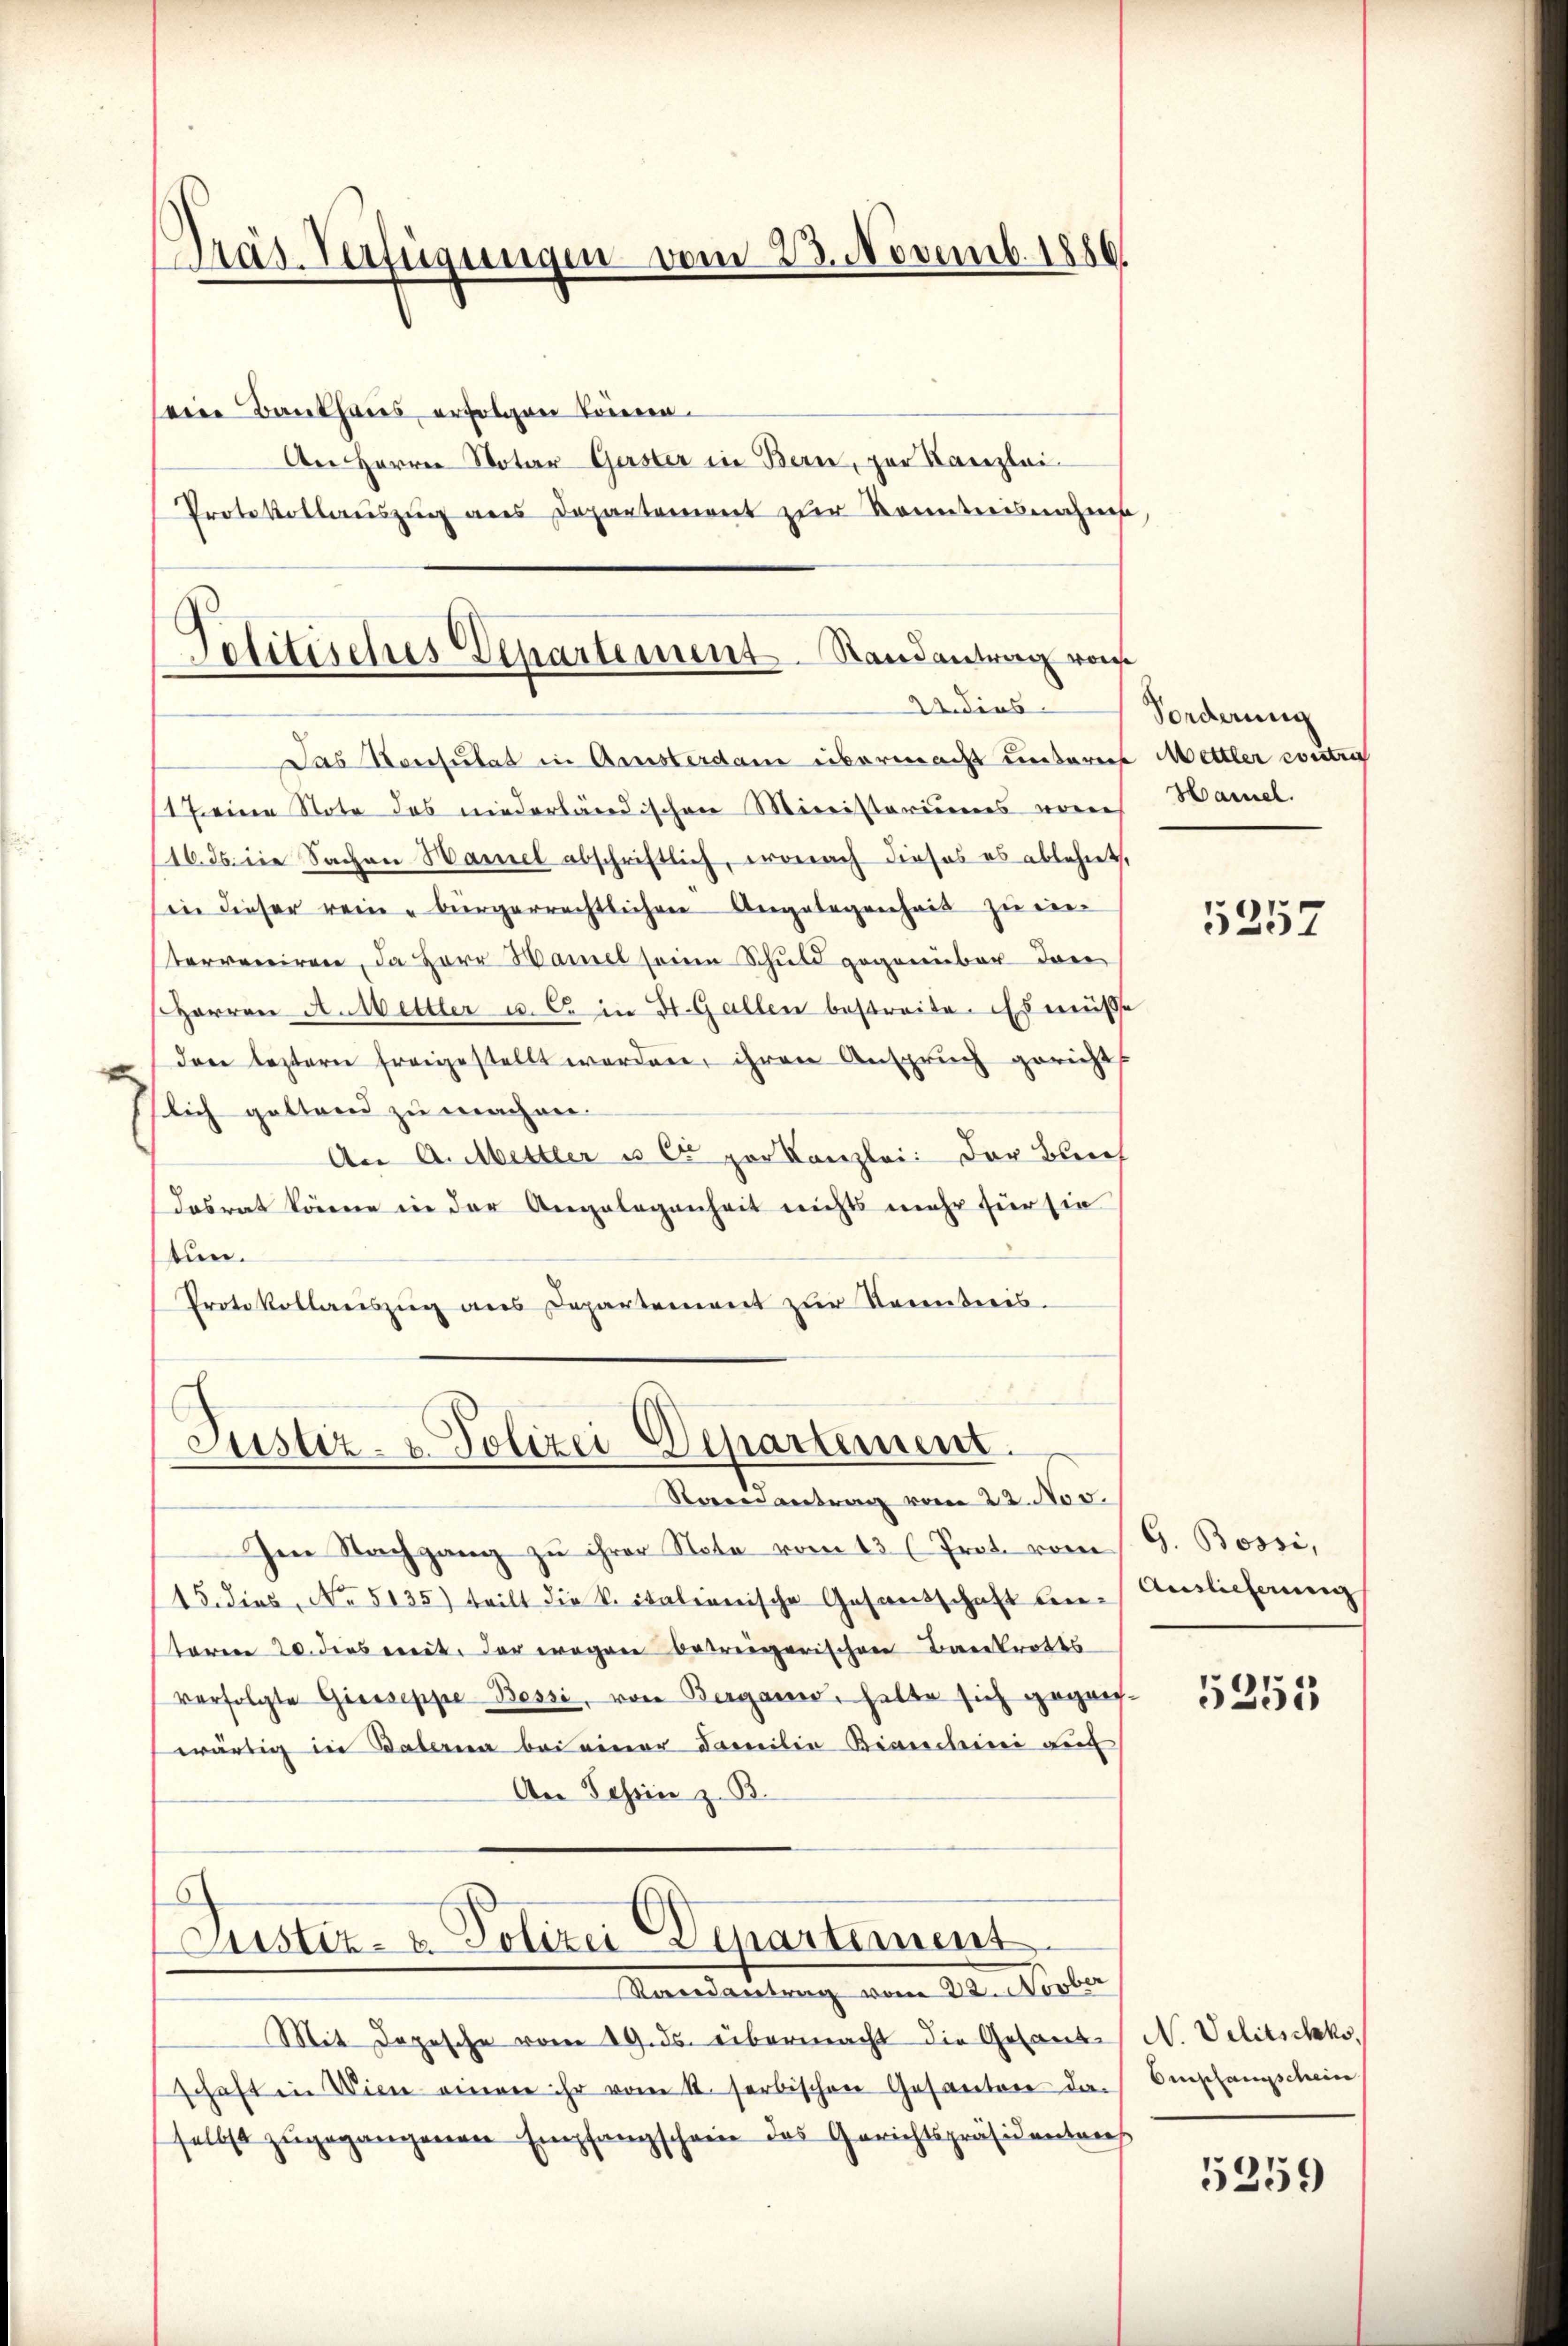
seine Bankhaus erfolgen können.
An Herrn Notar Gerster in Bern, zur Kanzlei
Protokollauszug aus Departement zur Kenntnisnahms
Das Konsulat in Amsterdam übermacht untere Mettler contra
11 seine Note des niederländischen Ministerimes vore
116. ds. die Sachen Hamel abschriftlich, wonach dieses es ablehnt,
in dieser rein bürgerrechtlichen Angelegenheit zu eintervereiren, da Herr Hamel seine Schuld gegenüber drei
Herren A. Mettler u. C in St. Gallen bestreite. Es müsse
den leztern freigestellt werden, ihren Anspruch gericht
x
slich geltend zu machen.
An A.Abettler u es par Kanzlei: der Bleich
dasrat könnene in der Angelegenheit nichts mehr für sie
tun.
Protokollarszŭg ans Departement zŭr Verbreis.

Präs. Verfügungen vom 23. Novemb. 1886

Politisches Departement. Randantrag von
22 dies

Justiz- & Polizei Departement.
Saeantrag vom 22. Nov.

Mit Depesche vom 19. ds. übermacht die Gesande N. Velitschko,
schaft in Wien einen ihr vom 11. erbischen Gesanten da Amslangschein
selbst zugegangenen Empfangschreie des Gerichtspräsidentrich

Ien Nachgang zu ihrer Note vom 13 (Prot. vom
15. dies, No 5135) teilt die k. italienische Gesandschaft betoren 20. dies eit. der wegen betreigerischen Bankrotts
verfolgte Giesseppe Bessi, von Berganis, halte sich gegen-
wärtig in Baberna bei einer Familie Bianclini auf
An Tessin z. B.

.
Justiz- & Polizei Departement.
Kardankung vom 24. Maler

Forderung
Hamel.

5357

G. Bossi,
Auslieferung

5255

5259